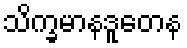
သိက္ခမာနဒူတေန